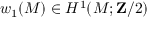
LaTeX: w _ { 1 } ( M ) \in H ^ { 1 } ( M ; \mathbf { Z } / 2 )